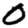
Digit: 0